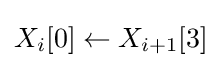
X_{i}[0]\leftarrow X_{i+1}[3]